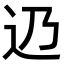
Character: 辸